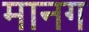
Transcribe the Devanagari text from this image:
मानग